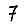
Digit: 7